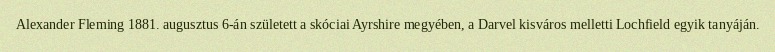
Alexander Fleming 1881. augusztus 6-án született a skóciai Ayrshire megyében, a Darvel kisváros melletti Lochfield egyik tanyáján.